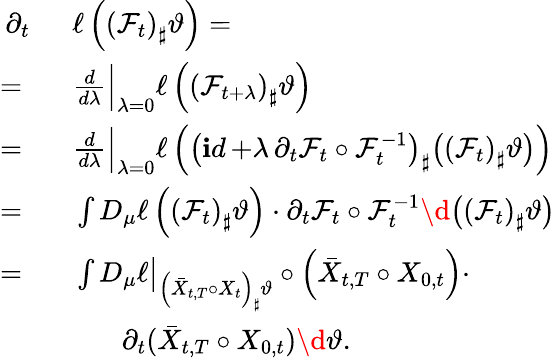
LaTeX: \begin{array}{rl}{\partial_{t}\ }&{\ \ell\left(\left(\mathcal F_{t}\right)_{\sharp}\vartheta\right)=}\\ {=\ }&{\ \frac{d}{d\lambda}\Big|_{\lambda=0}\ell\left(\left(\mathcal F_{t+\lambda}\right)_{\sharp}\vartheta\right)}\\ {=\ }&{\ \frac{d}{d\lambda}\Big|_{\lambda=0}\ell\left(\left(\mathop{\mathbf id}+\lambda\, \partial_{t}\mathcal F_{t}\circ\mathcal F_{t}^{-1}\right)_{\sharp}\big(\left(\mathcal F_{t}\right)_{\sharp}\vartheta\big)\right)}\\ {=\ }&{\ \int D_{\mu}\ell\left(\left(\mathcal F_{t}\right)_{\sharp}\vartheta\right)\cdot\partial_{t}\mathcal F_{t}\circ\mathcal F_{t}^{-1}\d{\big(\left(\mathcal F_{t}\right)_{\sharp}\vartheta\big)}}\\ {=\ }&{\ \int D_{\mu}\ell\big|_{\left(\bar{X}_{t,T}\circ X_{t}\right)_{\sharp}\vartheta}\circ\left(\bar{X}_{t,T}\circ X_{0,t}\right)\cdot}\\ &{\qquad\partial_{t}(\bar{X}_{t,T}\circ X_{0,t})\d\vartheta.}\end{array}